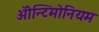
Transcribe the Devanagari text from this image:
ॲोन्टिमोनियम